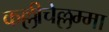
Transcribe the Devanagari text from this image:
कल्लीचेल्लम्मा